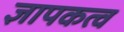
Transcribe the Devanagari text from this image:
ज्ञापकत्व